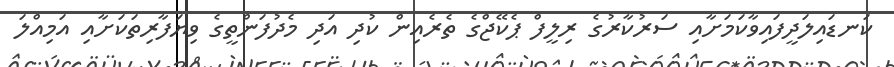
ކަނޑައިލަދީފައިވާކަމަށާއި ސަރުކާރުގެ ރިލީފް ޕެކޭޖްގެ ތެރެއިން ކުދި އަދި މެދުފަންތީގެ ވިޔަފާރިތަކަށާއި އަމިއްލަ